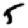
Digit: 5